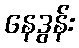
နေဒွန်း